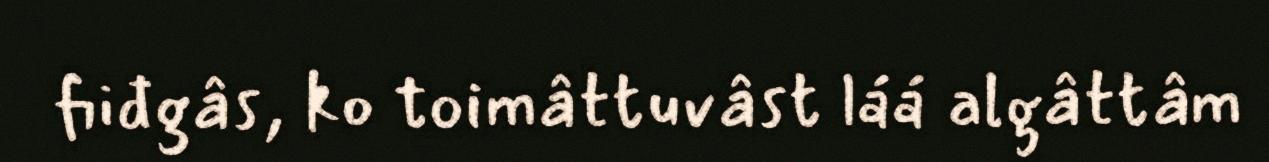
fiiđgâs, ko toimâttuvâst láá algâttâm